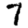
Digit: 7